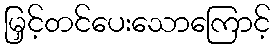
မြှင့်တင်ပေးသောကြောင့်